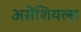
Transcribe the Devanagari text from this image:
असेंशियल्स